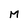
Character: M